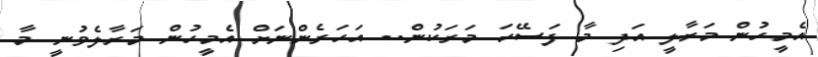
އެމީހުން މަރާލީ އަދި މާ ފަސޭހަ މަރަކުން.. އަހަރެންނަށް އެމީހުން މަރާލެވުނީ މާ